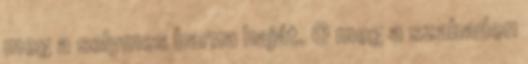
meg a selymes barna haját. O meg a szabadon